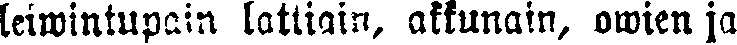
leiwintupain lattiain, akkunain, owien ja